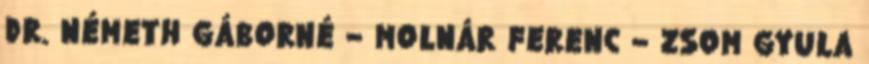
DR. NÉMETH GÁBORNÉ – MOLNÁR FERENC – ZSOM GYULA